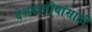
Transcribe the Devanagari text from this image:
देशवासीयांसाठी